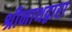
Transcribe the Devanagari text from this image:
श्रीनाथद्वारा